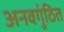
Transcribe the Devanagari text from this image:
अनवगुंठित